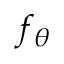
f _ { \theta }